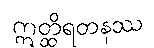
ဣတ္ထိရတနဿ